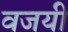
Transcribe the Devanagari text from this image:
वजयी